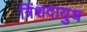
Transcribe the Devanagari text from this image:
त्रिंशदायुध